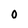
Character: O